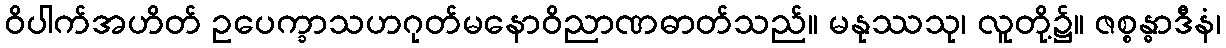
ဝိပါက်အဟိတ် ဥပေက္ခာသဟဂုတ်မနောဝိညာဏဓာတ်သည်။ မနုဿသု၊ လူတို့၌။ ဇစ္စန္ဓာဒီနံ၊